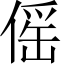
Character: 傜